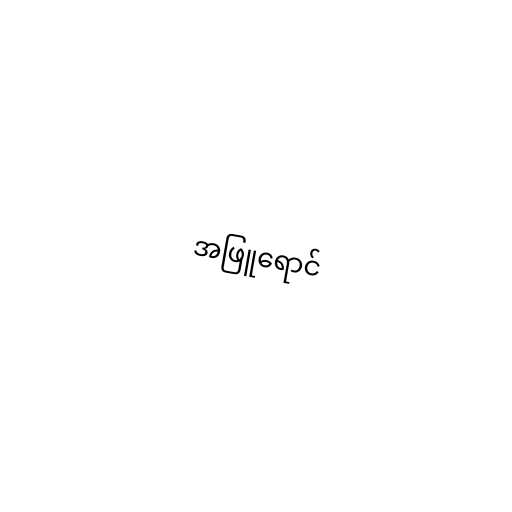
အဖြူရောင်